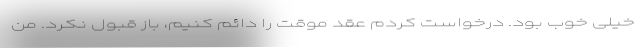
خیلی خوب بود. درخواست کردم عقد موقت را دائم کنیم، باز قبول نکرد. من